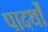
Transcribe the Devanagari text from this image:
पादर्थों